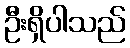
ဦးရှိပါသည်